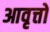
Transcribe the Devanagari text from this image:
आवृत्तो